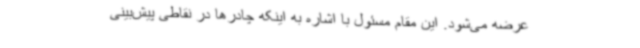
عرضه می‌شود. این مقام مسئول با اشاره به اینکه چادرها در نقاطی پیش‌بینی